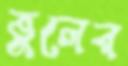
ভুলের